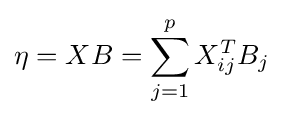
\eta =XB=\sum _{j=1}^{p}X_{ij}^{T}B_{j}